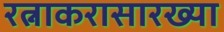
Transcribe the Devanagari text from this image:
रत्नाकरासारख्या